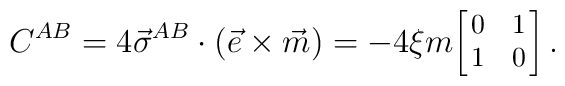
C^{AB}=4\vec{\sigma}^{AB}\cdot(\vec{e}\times\vec{m})=-4 \xi m { {\footnotesize \left[\!\!\begin{array}{cc} 0 & 1 \\ 1 & 0     \end{array}\!\!\right]}  }\, .